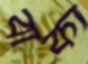
বাক্য